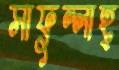
সাফুল্লাহ্